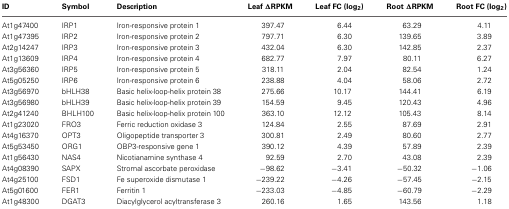
| ID | Symbol | Description | Leaf ΔRPKM | Leaf FC (log2) | Root ΔRPKM | Root FC (log2) |
 | --- | --- | --- | --- | --- | --- | --- |
 | At1g47400 | IRP1 | Iron-responsive protein 1 | 397.47 | 6.44 | 63.29 | 4.11 |
 | At1g47395 | IRP2 | Iron-responsive protein 2 | 797.71 | 6.30 | 139.65 | 3.89 |
 | At2g14247 | IRP3 | Iron-responsive protein 3 | 432.04 | 6.30 | 142.85 | 2.37 |
 | At1g13609 | IRP4 | Iron-responsive protein 4 | 682.77 | 7.97 | 80.11 | 6.27 |
 | At3g56360 | IRP5 | Iron-responsive protein 5 | 318.11 | 2.04 | 82.54 | 1.24 |
 | At5g05250 | IRP6 | Iron-responsive protein 6 | 238.88 | 4.04 | 58.06 | 2.72 |
 | At3g56970 | bHLH38 | Basic helix-loop-helix protein 38 | 275.66 | 10.17 | 144.41 | 6.19 |
 | At3g56980 | bHLH39 | Basic helix-loop-helix protein 39 | 154.59 | 9.45 | 120.43 | 4.96 |
 | At2g41240 | BHLH100 | Basic helix-loop-helix protein 100 | 363.10 | 12.12 | 105.43 | 8.14 |
 | At1g23020 | FRO3 | Ferric reduction oxidase 3 | 124.84 | 2.55 | 87.69 | 2.91 |
 | At4g16370 | OPT3 | Oligopeptide transporter 3 | 300.81 | 2.49 | 80.60 | 2.77 |
 | At5g53450 | ORG1 | OBP3-responsive gene 1 | 390.12 | 4.39 | 57.89 | 2.39 |
 | At1g56430 | NAS4 | Nicotianamine synthase 4 | 92.59 | 2.70 | 43.08 | 2.39 |
 | At4g08390 | SAPX | Stromal ascorbate peroxidase | −98.62 | −3.41 | −50.32 | −1.06 |
 | At4g25100 | FSD1 | Fe superoxide dismutase 1 | −239.22 | −4.26 | −57.45 | −2.15 |
 | At5g01600 | FER1 | Ferritin 1 | −233.03 | −4.85 | −60.79 | −2.29 |
 | At1g48300 | DGAT3 | Diacylglycerol acyltransferase 3 | 260.16 | 1.65 | 143.56 | 1.18 |